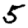
Digit: 5